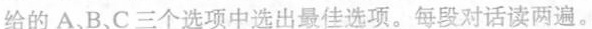
给的 A、B、C三个选项中选出最佳选项。每段对话读两遍。